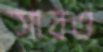
সারও